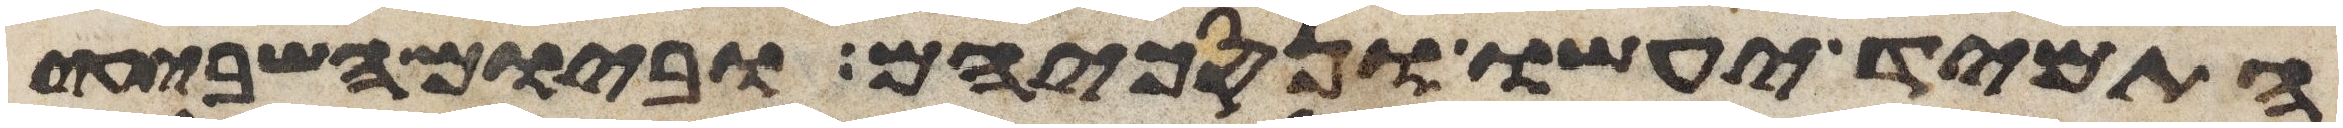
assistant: התמיד יעשו ונסכיהם וביום השביעי